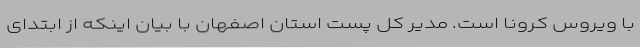
با ویروس کرونا است. مدیر کل پست استان اصفهان با بیان اینکه از ابتدای